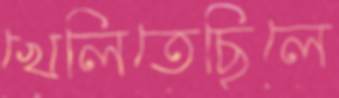
খেলিতেছিলে